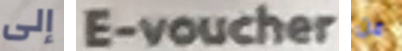
إلى E-voucher من